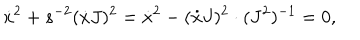
\dot { x } ^ { 2 } + s ^ { - 2 } ( \dot { x } J ) ^ { 2 } = \dot { x } ^ { 2 } - ( \dot { x } J ) ^ { 2 } \cdot ( J ^ { 2 } ) ^ { - 1 } = 0 ,